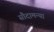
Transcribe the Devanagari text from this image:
सौदामन्या